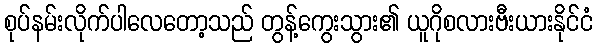
စုပ်နမ်းလိုက်ပါလေတော့သည် တွန့်ကွေးသွား၏ ယူဂိုစလားဗီးယားနိုင်ငံ